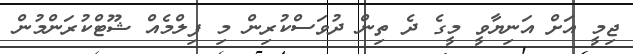
ޖިމީ އަށް އަނިޔާވީ މީގެ ދެ ތިން ދުވަސްކުރިން މި ފިލްމެއް ޝޫޓްކުރަންމުން